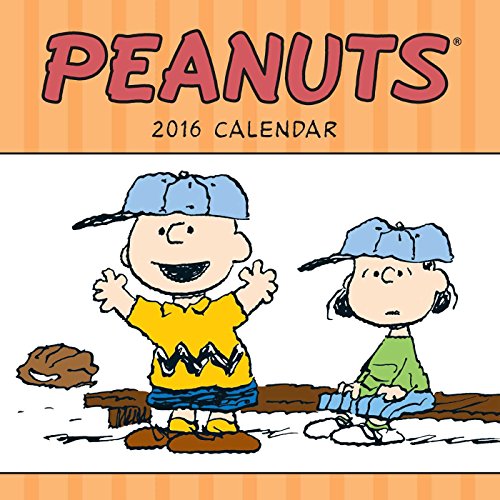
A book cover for Peanuts 2016 Mini Wall Calendar; Peanuts Worldwide LLC; Calendars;